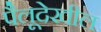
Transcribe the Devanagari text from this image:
पैलूदेखील